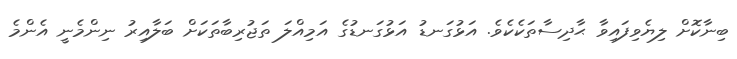
ބިނާކޮށް ލިޔެވިފައިވާ ޙާދިސާތަކެކެވެ. އަޅުގަނޑު އަޅުގަނޑުގެ އަމިއްލަ ތަޖުރިބާތަކަށް ބަލާއިރު ނިންމެނީ އެންމެ